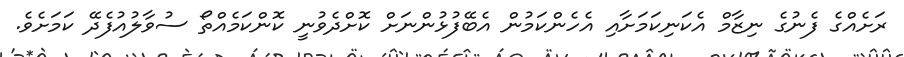
ރަށެއްގެ ފެނުގެ ނިޒާމް އެކަނިކަމަށާއި އެހެންކަމުން އެބޭފުޅުންނަށް ކޮށްދެވުނީ ކޮންކަމެއްތޯ ސުވާލުއުފެދޭ ކަމަށެވެ.